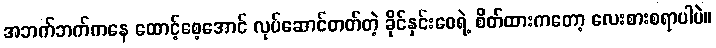
အဘက်ဘက်ကနေ ထောင့်စေ့အောင် လုပ်ဆောင်တတ်တဲ့ ခိုင်နှင်းဝေရဲ့ စိတ်ထားကတော့ လေးစားစရာပါပဲ။